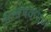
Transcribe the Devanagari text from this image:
अन्वेषकगण